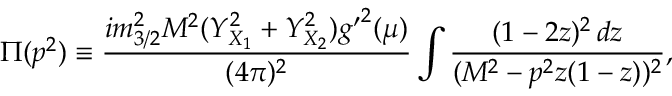
\Pi ( p ^ { 2 } ) \equiv \frac { i m _ { 3 / 2 } ^ { 2 } M ^ { 2 } ( Y _ { X _ { 1 } } ^ { 2 } + Y _ { X _ { 2 } } ^ { 2 } ) { g ^ { \prime } } ^ { 2 } ( \mu ) } { ( 4 \pi ) ^ { 2 } } \int \frac { ( 1 - 2 z ) ^ { 2 } \, d z } { ( M ^ { 2 } - p ^ { 2 } z ( 1 - z ) ) ^ { 2 } } ,